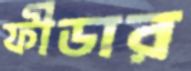
ফীডার